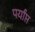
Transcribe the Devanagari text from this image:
पर्यांप्त